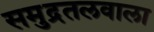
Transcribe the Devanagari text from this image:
समुद्रतलवाला